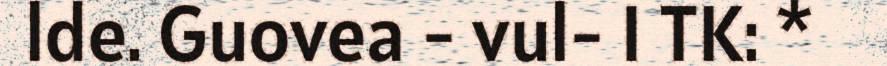
lde. Guovea - vul- I TK: *